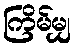
ကြိမ်မျှ